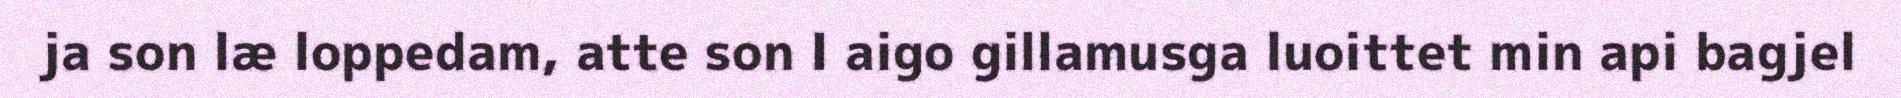
ja son læ loppedam, atte son I aigo gillamusga luoittet min api bagjel